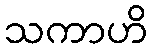
သကာဟိ